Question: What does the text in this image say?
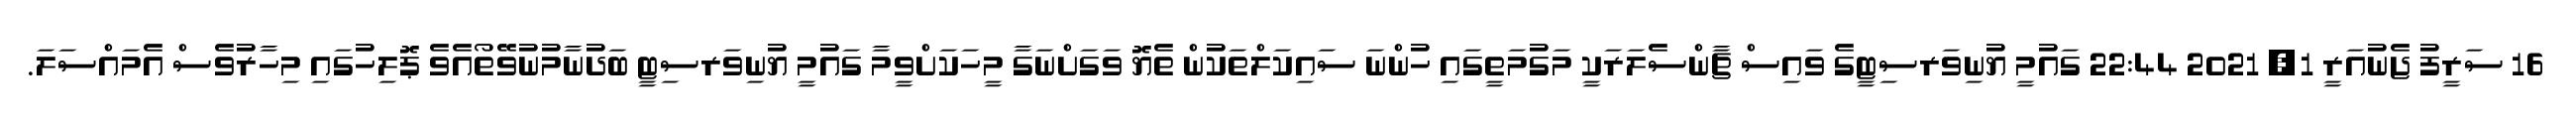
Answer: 16 ސަރީފު ޖެނުއަރީ 1, 2021 22:44 ގައުމީ ޔުނިވަރސިޓީގެ ވައިސް ޗާންސެލަރަކީ މަގުމަތީގައި ހުންނަ ސައިކަލްތަކުން ތެޔޮ ވަގަށްނަގާ މީހަކަށްވީމާ ގައުމީ ޔުނިވަރސިޓީ ބަދުނާމުނުވޭތޯއެވެ ޕޮލިހުގައި މިހާރުވެސް އެމައްސަލަ.